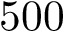
5 0 0